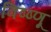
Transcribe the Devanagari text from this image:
विष्ष्णू